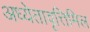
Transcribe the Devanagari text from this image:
अध्येतावृत्तिमिल